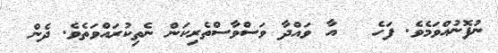
ނުފޮނުއްވަމެވެ. ފަހެ   އާ ވައްދާ ވަސްވާސްތެރިކަން ނެތިކުރައްވަތެވެ. ދެން